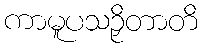
ကာမူပသဉှိတာတိ